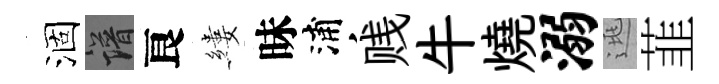
涸譜良縷昧浦贱牛燒溺逃韮